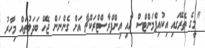
"މީގެ ތެރޭގައި އިކުއިޕްމަންޓްސް އާއި އިންފްރާސްޓްރަކްޗާ އަށް ގެންނަން ޖެހޭ ބަދަލުތައް މިހާރު